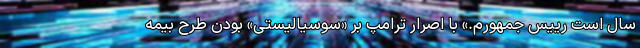
سال است رییس جمهورم.» با اصرار ترامپ بر «سوسیالیستی» بودن طرح بیمه